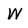
Character: W